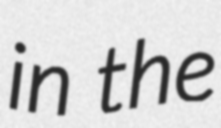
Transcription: in the